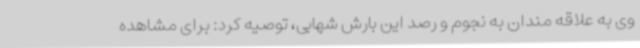
وی به علاقه مندان به نجوم و رصد این بارش شهابی، توصیه کرد: برای مشاهده